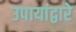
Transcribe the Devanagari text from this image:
उपायांद्वारे